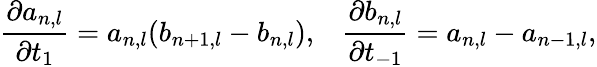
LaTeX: \frac{\partial a_{n,l}}{\partial t_{1}}=a_{n,l}(b_{n+1,l}-b_{n,l}),\; \; \; \frac{\partial b_{n,l}}{\partial t_{-1}}=a_{n,l}-a_{n-1,l},